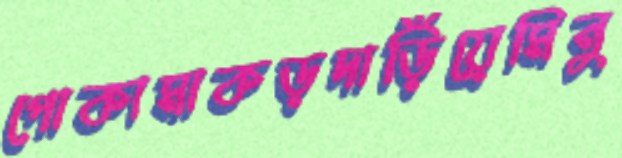
পোকামাকড়দাড়িঁয়েমিনু